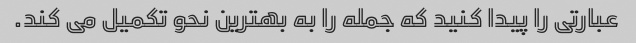
عبارتی را پیدا کنید که جمله را به بهترین نحو تکمیل می کند.